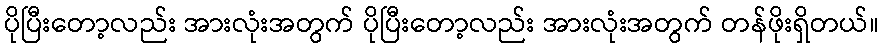
ပိုပြီးတော့လည်း အားလုံးအတွက် ပိုပြီးတော့လည်း အားလုံးအတွက် တန်ဖိုးရှိတယ်။